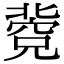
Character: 𥧐